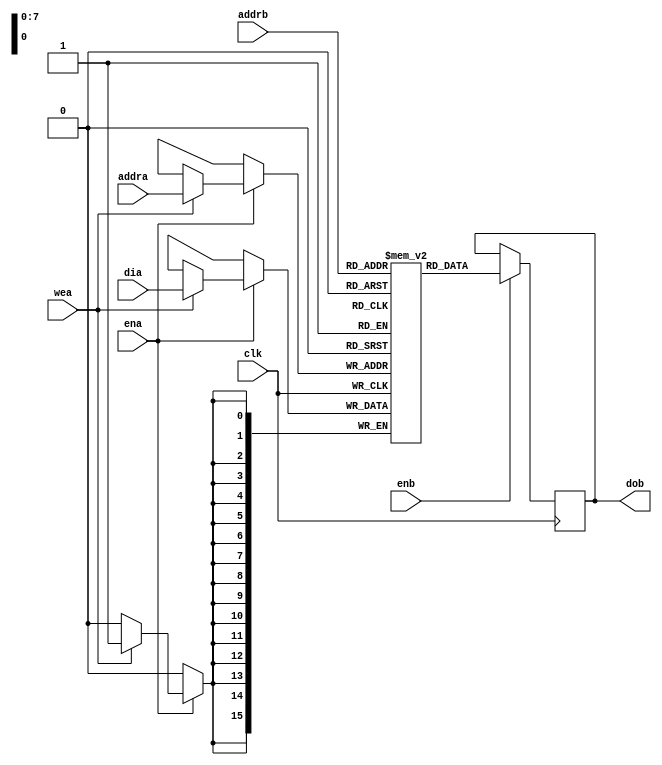
// Simple Dual-Port Block RAM with One Clock

/**
 * GENERAL DESCRIPTION:
 *
 * -16 bit by 256 line RAM that holds the 16 possible pseudo-random binary sequences
 * -Each column holds one of the possible sequences
 *
 *
 * CONSTRAINTS:
 *
 *
 */


//16 by 256
module rx_BRAM_16_256_binary_sequences (clk,ena,enb,wea,addra,addrb,dia,dob);

  input         clk  ;  //clock
  input         ena  ;  //enable
  input         enb  ;  //enable read
  input         wea  ;  //write enable
  input  [7:0]  addra;  //write address
  input  [7:0]  addrb;  //read addr
  input  [15:0] dia  ;  //data in
  output [15:0] dob  ;  //data out

  reg [15:0] ram [255:0];
  reg [15:0] doa        ;
  reg [15:0] dob        ;

  //Initialize the ram with the 16 possible binary sequences
  //each column represents a sequence
  initial begin
    ram[0]   = 16'b0110001001101011;
    ram[1]   = 16'b1000111011001010;
    ram[2]   = 16'b1000011101100101;
    ram[3]   = 16'b0011110001001101;
    ram[4]   = 16'b0101111000100110;
    ram[5]   = 16'b0010111100010011;
    ram[6]   = 16'b1010100001110110;
    ram[7]   = 16'b1001010000111011;
    ram[8]   = 16'b1100101000011101;
    ram[9]   = 16'b1110010100001110;
    ram[10]  = 16'b0100110101111000;
    ram[11]  = 16'b1101100101000011;
    ram[12]  = 16'b0001001101011110;
    ram[13]  = 16'b0000100110101111;
    ram[14]  = 16'b0100010011010111;
    ram[15]  = 16'b0110001001101011;
    ram[16]  = 16'b1000111011001010;
    ram[17]  = 16'b1000011101100101;
    ram[18]  = 16'b1100001110110010;
    ram[19]  = 16'b1010000111011001;
    ram[20]  = 16'b1101000011101100;
    ram[21]  = 16'b1010100001110110;
    ram[22]  = 16'b1001010000111011;
    ram[23]  = 16'b1100101000011101;
    ram[24]  = 16'b0001101011110001;
    ram[25]  = 16'b0100110101111000;
    ram[26]  = 16'b1101100101000011;
    ram[27]  = 16'b0001001101011110;
    ram[28]  = 16'b0000100110101111;
    ram[29]  = 16'b0100010011010111;
    ram[30]  = 16'b0110001001101011;
    ram[31]  = 16'b1000111011001010;
    ram[32]  = 16'b0111100010011010;
    ram[33]  = 16'b1100001110110010;
    ram[34]  = 16'b0101111000100110;
    ram[35]  = 16'b0010111100010011;
    ram[36]  = 16'b1010100001110110;
    ram[37]  = 16'b1001010000111011;
    ram[38]  = 16'b1100101000011101;
    ram[39]  = 16'b1110010100001110;
    ram[40]  = 16'b1011001010000111;
    ram[41]  = 16'b0010011010111100;
    ram[42]  = 16'b1110110010100001;
    ram[43]  = 16'b0000100110101111;
    ram[44]  = 16'b1011101100101000;
    ram[45]  = 16'b0110001001101011;
    ram[46]  = 16'b1000111011001010;
    ram[47]  = 16'b0111100010011010;
    ram[48]  = 16'b1100001110110010;
    ram[49]  = 16'b1010000111011001;
    ram[50]  = 16'b1101000011101100;
    ram[51]  = 16'b0101011110001001;
    ram[52]  = 16'b0110101111000100;
    ram[53]  = 16'b0011010111100010;
    ram[54]  = 16'b0001101011110001;
    ram[55]  = 16'b0100110101111000;
    ram[56]  = 16'b1101100101000011;
    ram[57]  = 16'b1110110010100001;
    ram[58]  = 16'b0000100110101111;
    ram[59]  = 16'b0100010011010111;
    ram[60]  = 16'b0110001001101011;
    ram[61]  = 16'b1000111011001010;
    ram[62]  = 16'b0111100010011010;
    ram[63]  = 16'b1100001110110010;
    ram[64]  = 16'b0101111000100110;
    ram[65]  = 16'b1101000011101100;
    ram[66]  = 16'b1010100001110110;
    ram[67]  = 16'b0110101111000100;
    ram[68]  = 16'b0011010111100010;
    ram[69]  = 16'b1110010100001110;
    ram[70]  = 16'b1011001010000111;
    ram[71]  = 16'b0010011010111100;
    ram[72]  = 16'b0001001101011110;
    ram[73]  = 16'b1111011001010000;
    ram[74]  = 16'b0100010011010111;
    ram[75]  = 16'b1001110110010100;
    ram[76]  = 16'b1000111011001010;
    ram[77]  = 16'b1000011101100101;
    ram[78]  = 16'b1100001110110010;
    ram[79]  = 16'b1010000111011001;
    ram[80]  = 16'b1101000011101100;
    ram[81]  = 16'b0101011110001001;
    ram[82]  = 16'b1001010000111011;
    ram[83]  = 16'b1100101000011101;
    ram[84]  = 16'b1110010100001110;
    ram[85]  = 16'b1011001010000111;
    ram[86]  = 16'b0010011010111100;
    ram[87]  = 16'b0001001101011110;
    ram[88]  = 16'b1111011001010000;
    ram[89]  = 16'b1011101100101000;
    ram[90]  = 16'b0110001001101011;
    ram[91]  = 16'b1000111011001010;
    ram[92]  = 16'b1000011101100101;
    ram[93]  = 16'b1100001110110010;
    ram[94]  = 16'b0101111000100110;
    ram[95]  = 16'b1101000011101100;
    ram[96]  = 16'b1010100001110110;
    ram[97]  = 16'b1001010000111011;
    ram[98]  = 16'b0011010111100010;
    ram[99]  = 16'b0001101011110001;
    ram[100] = 16'b1011001010000111;
    ram[101] = 16'b0010011010111100;
    ram[102] = 16'b1110110010100001;
    ram[103] = 16'b0000100110101111;
    ram[104] = 16'b1011101100101000;
    ram[105] = 16'b0110001001101011;
    ram[106] = 16'b0111000100110101;
    ram[107] = 16'b1000011101100101;
    ram[108] = 16'b0011110001001101;
    ram[109] = 16'b1010000111011001;
    ram[110] = 16'b0010111100010011;
    ram[111] = 16'b0101011110001001;
    ram[112] = 16'b0110101111000100;
    ram[113] = 16'b1100101000011101;
    ram[114] = 16'b0001101011110001;
    ram[115] = 16'b0100110101111000;
    ram[116] = 16'b1101100101000011;
    ram[117] = 16'b0001001101011110;
    ram[118] = 16'b1111011001010000;
    ram[119] = 16'b1011101100101000;
    ram[120] = 16'b0110001001101011;
    ram[121] = 16'b1000111011001010;
    ram[122] = 16'b0111100010011010;
    ram[123] = 16'b0011110001001101;
    ram[124] = 16'b0101111000100110;
    ram[125] = 16'b1101000011101100;
    ram[126] = 16'b1010100001110110;
    ram[127] = 16'b0110101111000100;
    ram[128] = 16'b0011010111100010;
    ram[129] = 16'b1110010100001110;
    ram[130] = 16'b1011001010000111;
    ram[131] = 16'b1101100101000011;
    ram[132] = 16'b0001001101011110;
    ram[133] = 16'b0000100110101111;
    ram[134] = 16'b1011101100101000;
    ram[135] = 16'b1001110110010100;
    ram[136] = 16'b1000111011001010;
    ram[137] = 16'b1000011101100101;
    ram[138] = 16'b0011110001001101;
    ram[139] = 16'b0101111000100110;
    ram[140] = 16'b0010111100010011;
    ram[141] = 16'b1010100001110110;
    ram[142] = 16'b1001010000111011;
    ram[143] = 16'b0011010111100010;
    ram[144] = 16'b1110010100001110;
    ram[145] = 16'b1011001010000111;
    ram[146] = 16'b0010011010111100;
    ram[147] = 16'b0001001101011110;
    ram[148] = 16'b0000100110101111;
    ram[149] = 16'b0100010011010111;
    ram[150] = 16'b1001110110010100;
    ram[151] = 16'b0111000100110101;
    ram[152] = 16'b0111100010011010;
    ram[153] = 16'b0011110001001101;
    ram[154] = 16'b1010000111011001;
    ram[155] = 16'b0010111100010011;
    ram[156] = 16'b1010100001110110;
    ram[157] = 16'b1001010000111011;
    ram[158] = 16'b1100101000011101;
    ram[159] = 16'b0001101011110001;
    ram[160] = 16'b1011001010000111;
    ram[161] = 16'b0010011010111100;
    ram[162] = 16'b1110110010100001;
    ram[163] = 16'b1111011001010000;
    ram[164] = 16'b1011101100101000;
    ram[165] = 16'b1001110110010100;
    ram[166] = 16'b0111000100110101;
    ram[167] = 16'b1000011101100101;
    ram[168] = 16'b1100001110110010;
    ram[169] = 16'b0101111000100110;
    ram[170] = 16'b1101000011101100;
    ram[171] = 16'b1010100001110110;
    ram[172] = 16'b1001010000111011;
    ram[173] = 16'b1100101000011101;
    ram[174] = 16'b1110010100001110;
    ram[175] = 16'b0100110101111000;
    ram[176] = 16'b0010011010111100;
    ram[177] = 16'b0001001101011110;
    ram[178] = 16'b0000100110101111;
    ram[179] = 16'b1011101100101000;
    ram[180] = 16'b1001110110010100;
    ram[181] = 16'b0111000100110101;
    ram[182] = 16'b1000011101100101;
    ram[183] = 16'b0011110001001101;
    ram[184] = 16'b0101111000100110;
    ram[185] = 16'b1101000011101100;
    ram[186] = 16'b1010100001110110;
    ram[187] = 16'b0110101111000100;
    ram[188] = 16'b1100101000011101;
    ram[189] = 16'b0001101011110001;
    ram[190] = 16'b1011001010000111;
    ram[191] = 16'b1101100101000011;
    ram[192] = 16'b0001001101011110;
    ram[193] = 16'b1111011001010000;
    ram[194] = 16'b1011101100101000;
    ram[195] = 16'b0110001001101011;
    ram[196] = 16'b1000111011001010;
    ram[197] = 16'b0111100010011010;
    ram[198] = 16'b1100001110110010;
    ram[199] = 16'b0101111000100110;
    ram[200] = 16'b0010111100010011;
    ram[201] = 16'b0101011110001001;
    ram[202] = 16'b0110101111000100;
    ram[203] = 16'b0011010111100010;
    ram[204] = 16'b1110010100001110;
    ram[205] = 16'b0100110101111000;
    ram[206] = 16'b0010011010111100;
    ram[207] = 16'b1110110010100001;
    ram[208] = 16'b1111011001010000;
    ram[209] = 16'b1011101100101000;
    ram[210] = 16'b0110001001101011;
    ram[211] = 16'b1000111011001010;
    ram[212] = 16'b1000011101100101;
    ram[213] = 16'b0011110001001101;
    ram[214] = 16'b0101111000100110;
    ram[215] = 16'b1101000011101100;
    ram[216] = 16'b0101011110001001;
    ram[217] = 16'b0110101111000100;
    ram[218] = 16'b1100101000011101;
    ram[219] = 16'b0001101011110001;
    ram[220] = 16'b0100110101111000;
    ram[221] = 16'b1101100101000011;
    ram[222] = 16'b1110110010100001;
    ram[223] = 16'b0000100110101111;
    ram[224] = 16'b0100010011010111;
    ram[225] = 16'b0110001001101011;
    ram[226] = 16'b0111000100110101;
    ram[227] = 16'b0111100010011010;
    ram[228] = 16'b0011110001001101;
    ram[229] = 16'b1010000111011001;
    ram[230] = 16'b1101000011101100;
    ram[231] = 16'b1010100001110110;
    ram[232] = 16'b0110101111000100;
    ram[233] = 16'b1100101000011101;
    ram[234] = 16'b0001101011110001;
    ram[235] = 16'b0100110101111000;
    ram[236] = 16'b1101100101000011;
    ram[237] = 16'b0001001101011110;
    ram[238] = 16'b0000100110101111;
    ram[239] = 16'b0100010011010111;
    ram[240] = 16'b1001110110010100;
    ram[241] = 16'b1000111011001010;
    ram[242] = 16'b1000011101100101;
    ram[243] = 16'b0011110001001101;
    ram[244] = 16'b0101111000100110;
    ram[245] = 16'b0010111100010011;
    ram[246] = 16'b1010100001110110;
    ram[247] = 16'b0110101111000100;
    ram[248] = 16'b0011010111100010;
    ram[249] = 16'b0001101011110001;
    ram[250] = 16'b0100110101111000;
    ram[251] = 16'b0010011010111100;
    ram[252] = 16'b0001001101011110;
    ram[253] = 16'b0000100110101111;
    ram[254] = 16'b1011101100101000;
  end

  always @(posedge clk) begin
   if (ena) begin
      if (wea)
          ram[addra] <= dia;
   end
  end

  always @(posedge clk) begin
    if (enb)
      dob <= ram[addrb];
  end

endmodule

//MODULE OBTAINED ON THE XILINX WEBSITE